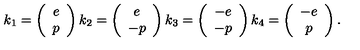
k _ { 1 } = \left( \begin{array} { c } { e } \\ { p } \\ \end{array} \right) k _ { 2 } = \left( \begin{array} { c } { e } \\ { - p } \\ \end{array} \right) k _ { 3 } = \left( \begin{array} { c } { - e } \\ { - p } \\ \end{array} \right) k _ { 4 } = \left( \begin{array} { c } { - e } \\ { p } \\ \end{array} \right) .